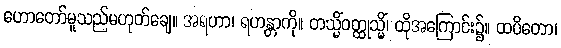
ဟောတော်မူသည်မဟုတ်ချေ။ အရဟာ၊ ရဟန္တာကို။ တသ္မိံဝတ္ထုသ္မိံ၊ ထိုအကြောင်း၌။ ထပိတော၊